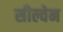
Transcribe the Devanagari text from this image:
सील्वेन